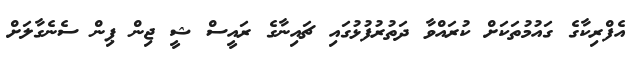
އެފްރިކާގެ ގައުމުތަކަށް ކުރައްވާ ދަތުރުފުޅުގައި ޗައިނާގެ ރައީސް ޝީ ޖިން ޕިން ސެނެގާލަށް